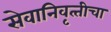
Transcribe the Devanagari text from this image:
सेवानिवृत्‍तीचा